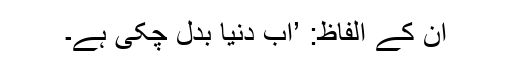
اُن کے الفاظ: ’اب دنیا بدل چکی ہے۔